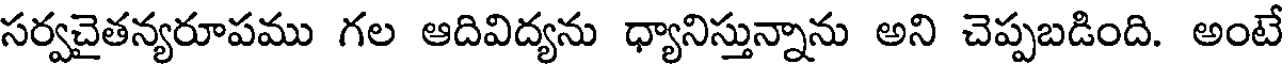
సర్వచైతన్యరూపము గల ఆదివిద్యను ధ్యానిస్తున్నాను అని చెప్పబడింది. అంటే